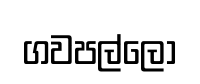
ගවපල්ලෝ